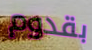
بقدوم